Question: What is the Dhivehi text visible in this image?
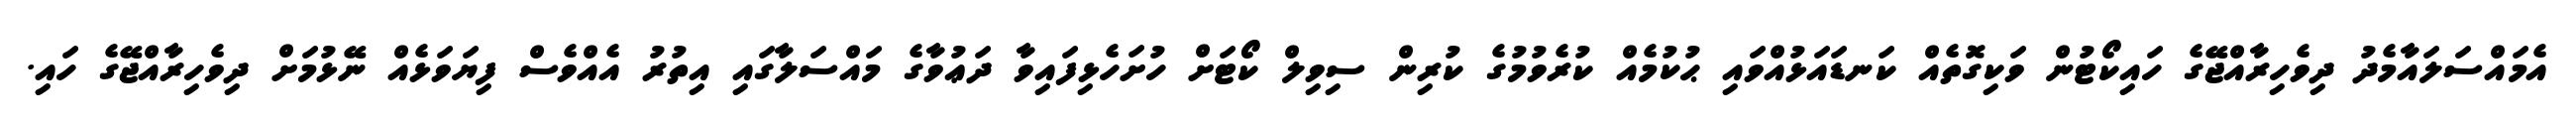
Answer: އެމައްސަލައާމެދު ދިވެހިރާއްޖޭގެ ހައިކޯޓުން ވަކިގޮތެއް ކަނޑައަޅުއްވައި ޙުކުމެއް ކުރެވުމުގެ ކުރިން ސިވިލް ކޯޓަށް ހުށަހެޅިފައިވާ ދަޢުވާގެ މައްސަލާގައި އިތުރު އެއްވެސް ފިޔަވަޅެއް ނޭޅުމަށް ދިވެހިރާއްޖޭގެ ހައި.